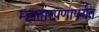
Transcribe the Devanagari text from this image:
म्हातारपणापर्यंत